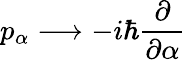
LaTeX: p_{\alpha}\longrightarrow-i\hbar{\frac{\partial}{\partial\alpha}}